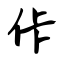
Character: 佧